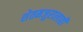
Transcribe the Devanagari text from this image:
शेतमजुरालाही